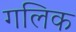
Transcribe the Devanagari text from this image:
गलिक